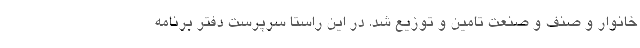
خانوار و صنف و صنعت تامین و توزیع شد. در این راستا سرپرست دفتر برنامه